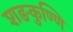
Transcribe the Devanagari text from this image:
शङकुण्णि